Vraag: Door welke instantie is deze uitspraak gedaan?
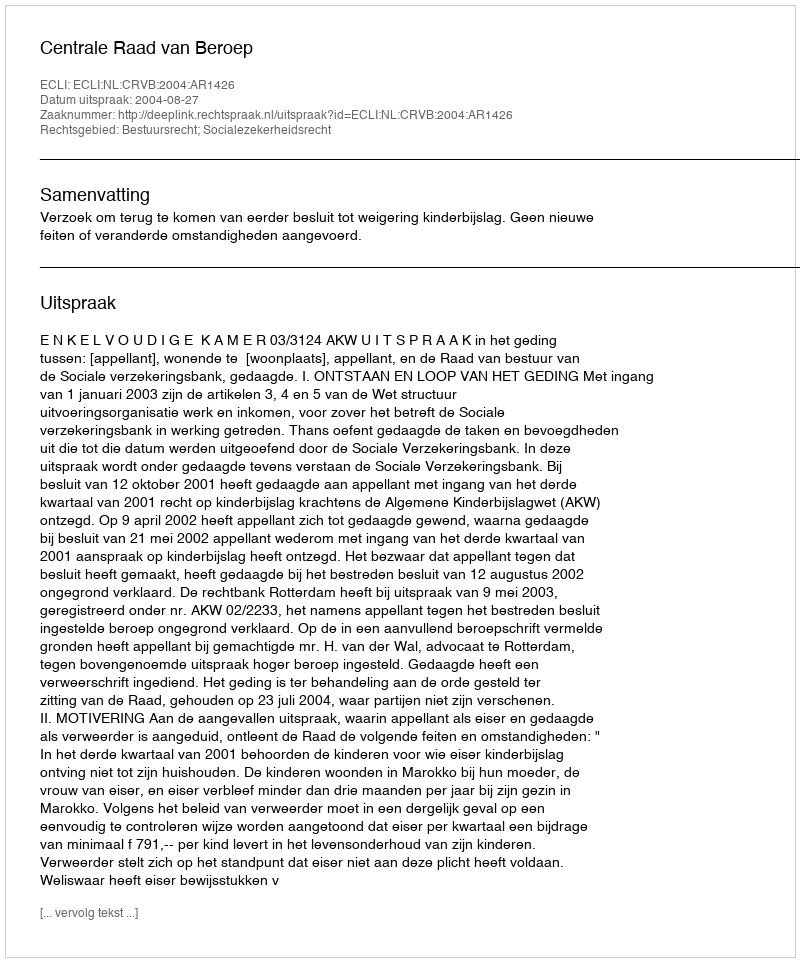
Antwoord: Centrale Raad van Beroep